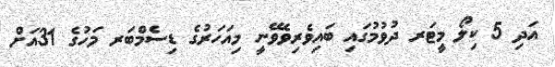
އަދި 5 ކިލޯ މީޓަރ ދުވުމުގައި ބައިވެރިވެވޭނީ މިއަހަރުގެ ޑިސެމްބަރ މަހުގެ 31އަށް